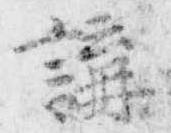
講